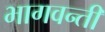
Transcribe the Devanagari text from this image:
भागवन्ती